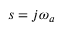
s = j \omega _ { a }